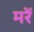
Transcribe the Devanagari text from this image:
मरें